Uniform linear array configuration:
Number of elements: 48
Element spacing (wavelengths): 0.5
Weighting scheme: blackman
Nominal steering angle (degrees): -60
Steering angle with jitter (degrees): -61.748
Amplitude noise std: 0.05
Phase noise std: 0.05

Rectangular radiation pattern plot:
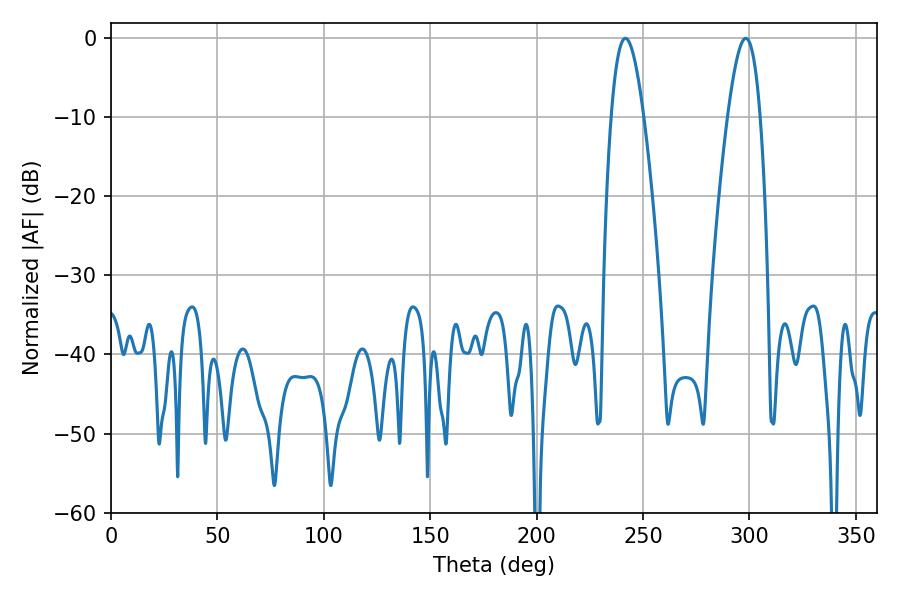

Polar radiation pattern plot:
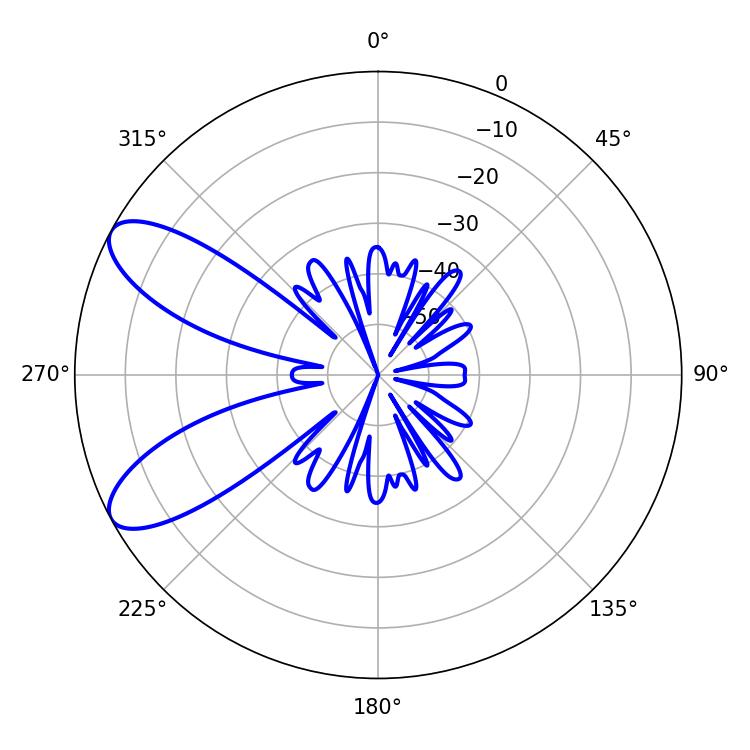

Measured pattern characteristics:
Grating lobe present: FALSE
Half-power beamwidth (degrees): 8.46
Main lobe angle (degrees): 241.74